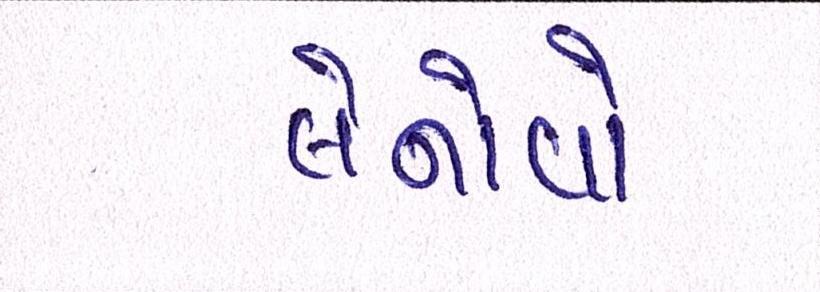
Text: લેનોવો